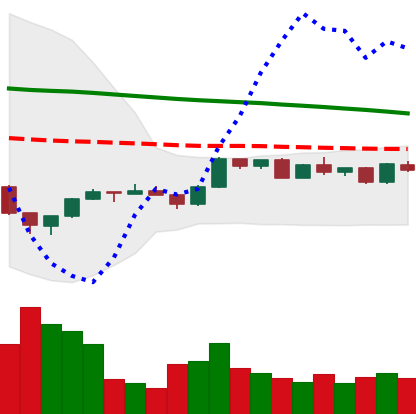
Ticker: ETH-USD
Chart end date: 2022-12-09
Forward return: 3.563%
Label: up_3_5